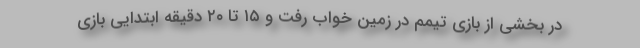
در بخشی از بازی تیمم در زمین خواب رفت و ۱۵ تا ۲۰ دقیقه ابتدایی بازی